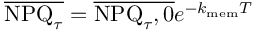
\overline { { \mathrm { N P Q } _ { \tau } } } = \overline { { \mathrm { N P Q } _ { \tau } , 0 } } e ^ { - k _ { \mathrm { m e m } } T }